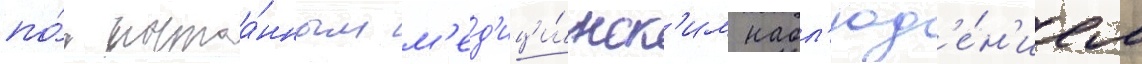
по́д постоа́нным м'ед'ици́нск'им набл'юд'е́н'ием